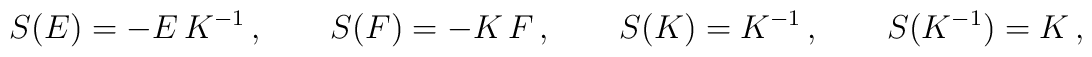
S(E) = -E\,K^{-1}\,,\qquad S(F)=- K\,F\,,\qquad  S(K)=K^{-1}\,,\qquad S(K^{-1}) = K\,,